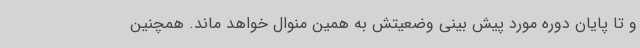
و تا پایان دوره مورد پیش بینی وضعیتش به همین منوال خواهد ماند. همچنین